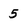
Character: 5